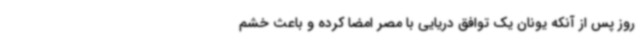
روز پس از آنکه یونان یک توافق دریایی با مصر امضا کرده و باعث خشم